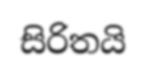
සිරිතයි